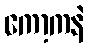
ကော့ကနဲ